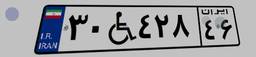
۳۰W۴۲۸۴۶